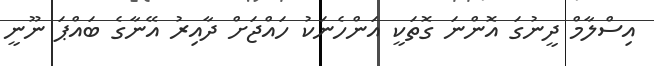
އިސްލާމް ދީނުގަ އޮންނަ ގޮތަކީ އަންހެނަކު ހައްޖަށް ދާއިރު އޭނާގެ ބައްޕަ ނޫނީ